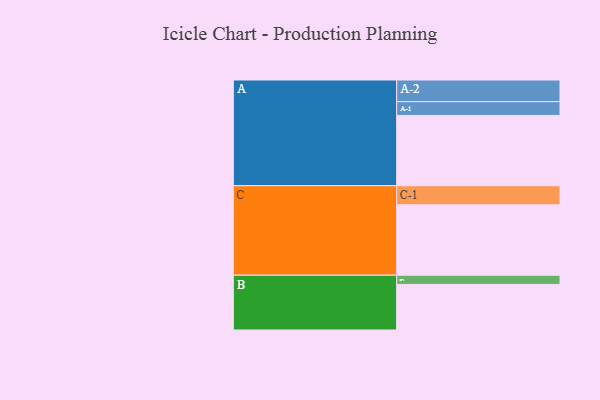
{"axis": {"x": "Segment", "y": "Value"}, "legend": ["", "A", "B", "C"], "data": [{"x": "A", "y": 490, "type": ""}, {"x": "B", "y": 318, "type": ""}, {"x": "C", "y": 491, "type": ""}, {"x": "A-1", "y": 96, "type": "A"}, {"x": "A-2", "y": 151, "type": "A"}, {"x": "B-1", "y": 64, "type": "B"}, {"x": "C-1", "y": 133, "type": "C"}]}